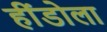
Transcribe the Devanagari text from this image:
हींडोला